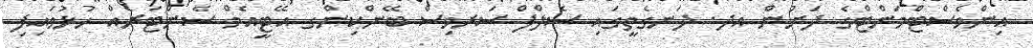
އިންވެސްޓްމަންޓްގެ ދަށުން އދ. ދަނގެތީގައި ސެލްފް ސަރވިސް ބޭންކިންގ އޭޓީއެމް ސެންޓަރެއް ހުޅުވައިފި